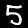
Digit: 5